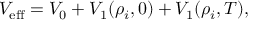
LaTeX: V _ { \mathrm { e f f } } = V _ { 0 } + V _ { 1 } ( \rho _ { i } , 0 ) + V _ { 1 } ( \rho _ { i } , T ) ,